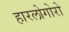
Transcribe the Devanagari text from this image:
हारलोगोरो